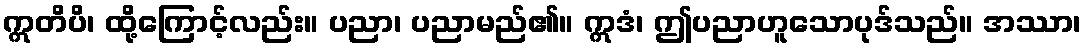
ဣတိပိ၊ ထို့ကြောင့်လည်း။ ပညာ၊ ပညာမည်၏။ ဣဒံ၊ ဤပညာဟူသောပုဒ်သည်။ အဿာ၊